Sanitation, dispensaries and jails vaccination Rajputana 1922-1927 - 1922-1927
Year: 1922
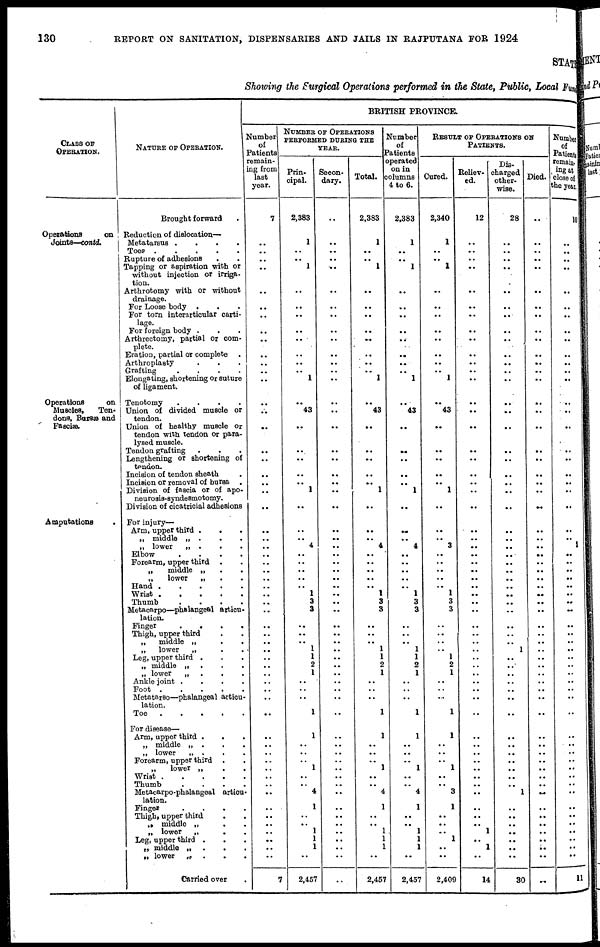
130
REPORT ON SANITATION, DISPENSARIES AND JAILS IN RAJPUTANA FOR 1924
STATE
Showing the Surgical Operations performed in the State, Public, Local Fund
CLASS OF
OPERATION.
Operations
on
Joints—contd.
Operations
on
Muscles,
Ten-
dons, Bursts and
Fasciæ.
Amputations .
NATURE OF OPERATION.
Brought forward
Reduction of dislocation—
Metatarsus
.
.
.
.
Toes
Rupture of adhesions ...
Tapping or aspiration with or
without injection or irriga-
tion.
Arthrotomy with or without
drainage.
For Loose body ...
For torn interarticular carti-
lage.
For foreign body ...
Arthrectomy, partial or com-
plete.
Eration, partial or complete .
Arthroplaety
...
Grafting
.
.
.
.
Elongating, shortening or suture
of ligament.
Tenotomy
.
.
.
.
Union of divided muscle or
tendon.
Union of healthy muscle or
tendon with tendon or para-
lysed muscle.
Tendon grafting ...
Lengthening or shortening of
tendon.
Incision of tendon sheath .
Incision or removal of bursa .
Division of fascia or of apo-
neurosis-syndesmotomy.
Division of cicatricial adhesions
For injury—
Arm, upper third
...
„ middle „ .
„ lower
Elbow
.
.
.
.
Forearm, upper third ..
„
middle „
...
„
lower
„ ...
Hand
.
.
.
.
.
Wrist
Thumb
.
.
.
.
Metacarpo—phulangeal articu-
lation.
Finger
.
.
.
.
Thigh, upper third ..
„
middle „ ...
„
lower
„ ..
Leg, upper third ...
„ middle „ ...
„ lower
„
...
Ankle joint
.
.
.
.
Foot
Metatarso—phalangeal articu-
lation.
Toe
For disease—
Arm, upper third
...
„ middle „
...
„ lower
„ ...
Forearm, upper third ..
„
lower „ ...
Wrist
Thumb
.
.
.
.
Metacarpo-phalangeal articu-
lation.
Fingor
.
.
.
.
Thigh, upper third ..
„ middle „
..
„ lower
„
..
Leg, upper third ...
„ middle„ ...
„ lower
„
...
Carried over .
BRITISH PROVINCE
Number
of
Patients
remain-
ing from
last
year.
7
..
..
..
..
..
..
..
..
..
..
..
..
..
..
..
..
..
..
..
..
..
..
..
..
..
..
..
..
..
..
..
..
..
..
..
..
..
..
..
..
..
..
..
..
..
..
..
..
..
..
..
..
..
..
..
..
..
..
..
7
NUMBER OF OPERATIONS
PERFORMED DURING THE
YEAR.
Prin-
cipal
2,383
1
..
..
1
..
..
..
..
..
..
..
..
1
..
43
..
..
..
..
..
1
..
..
..
4
..
..
..
..
..
1
3
3
..
..
..
1
1
2
1
..
..
..
1
1
..
..
..
1
..
..
4
1
..
..
1
1
1
..
2,457
Secon-
dary
..
..
..
..
..
..
..
..
..
..
..
..
..
..
..
..
..
..
..
..
..
..
..
..
..
..
..
..
..
..
..
..
..
..
..
..
..
..
..
..
..
..
..
..
..
..
..
..
..
..
..
..
..
..
..
..
..
..
..
..
..
Total.
2,383
1
..
..
1
..
..
..
..
..
..
..
..
1
..
43
..
..
..
..
..
1
..
..
..
4
..
..
..
..
..
1
3
3
..
..
..
1
1
2
1
..
..
..
1
1
..
..
..
1
..
..
4
1
..
..
1
1
1
..
2,457
Number
of
Patients
operated
on in
columns
4 to 6.
2,383
1
..
..
1
..
..
..
..
..
..
..
..
1
..
43
..
..
..
..
..
1
..
..
..
4
..
..
..
..
..
1
3
3
..
..
..
1
1
2
1
..
..
..
1
1
..
..
..
1
..
..
4
1
..
..
1
1
1
..
2,457
RESULT OF OPERATIONS ON
PATIENTS
Cured.
2,340
1
..
..
1
..
..
..
..
..
..
..
..
1
..
43
..
..
..
..
..
1
..
..
..
3
..
..
..
..
..
1
3
3
..
..
..
..
1
2
1
..
..
..
1
1
..
..
..
1
..
..
3
1
..
..
..
1
..
..
2,409
Reliev-
ed.
12
..
..
..
..
..
..
..
..
..
..
..
..
..
..
..
..
..
..
..
..
..
..
..
..
..
...
..
..
..
..
..
..
..
..
..
..
..
..
..
..
..
..
..
..
..
..
..
..
..
..
..
..
..
..
..
1
..
1
..
14
Dis-
charged
other-
wise.
28
..
..
..
..
..
..
..
..
..
..
..
..
..
..
..
..
..
..
..
..
..
..
..
..
..
..
..
..
..
..
..
..
..
..
..
..
1
..
..
..
..
..
..
..
..
..
..
..
..
..
..
1
..
..
..
..
..
..
..
30
Died.
..
..
..
..
..
..
..
..
..
..
..
..
..
..
..
..
..
..
..
..
..
..
..
..
..
..
..
..
..
..
..
..
..
..
..
..
..
..
..
..
..
..
..
..
..
..
..
..
..
..
..
..
..
..
..
..
..
..
..
..
..
Number
of
Patients
remain¬
ing at
close of
the year.
10
..
..
..
..
..
..
..
..
..
..
..
..
..
..
..
..
..
..
..
..
..
..
..
..
1
..
..
..
..
..
..
..
..
..
..
..
..
..
..
..
..
..
..
..
..
..
..
..
..
..
..
..
..
..
..
..
..
..
..
11